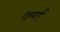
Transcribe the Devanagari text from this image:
दिखार्इ